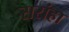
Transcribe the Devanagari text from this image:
सरांहा